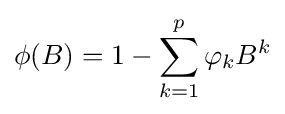
\phi (B)=1-\sum _{k=1}^{p}\varphi _{k}B^{k}